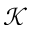
\mathcal { K }